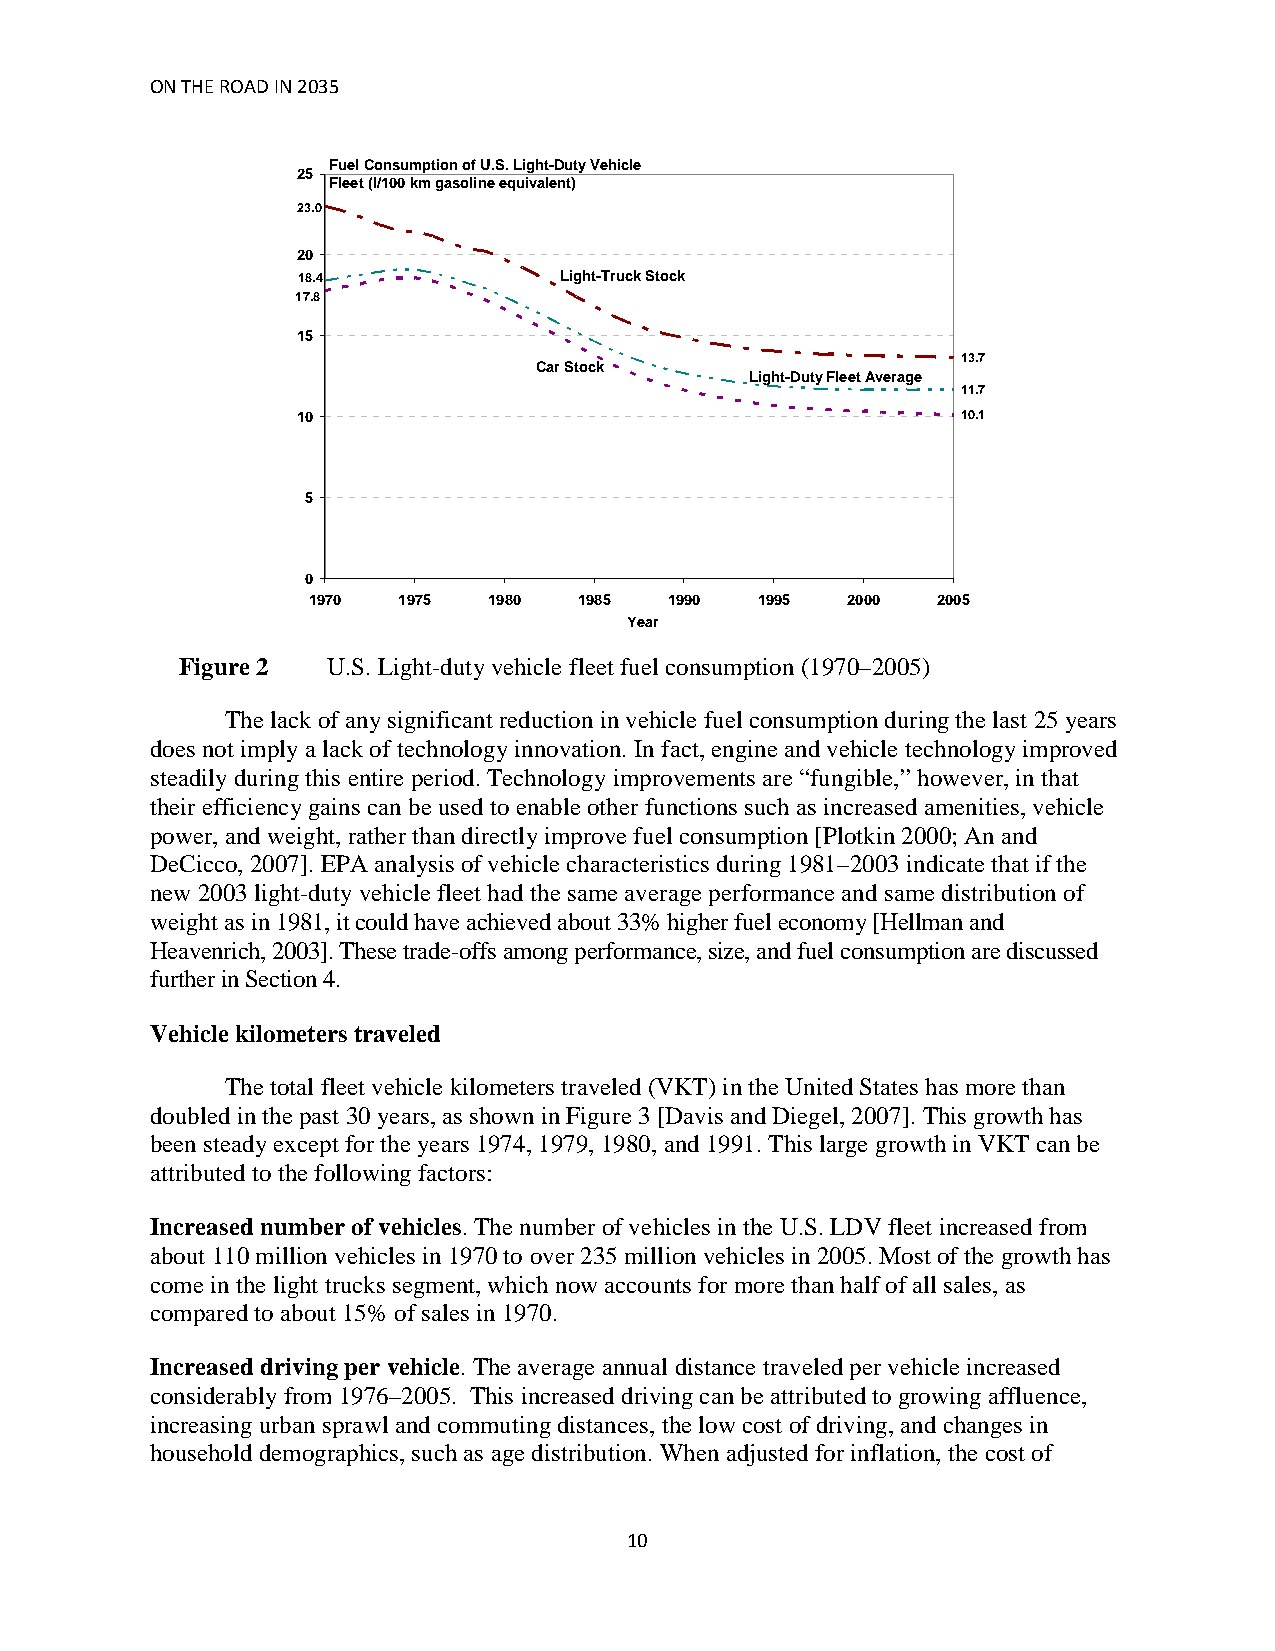
ON THE ROAD IN 2035
 Fuel Consumption of U.S. Light-Duty Vehicle
 25
 Fleet (l/100 km gasoline equivalent)
 23.0
 20
 18.4             Light-Truck Stock
 17.8
 15
 13.7
 Car Stock
 Light-Duty Fleet Average
 11.7
 10                                          10.1
 5
 0
 1970  1975  1980  1985  1990  1995  2000  2005
 Year
 Figure 2  U.S. Light-duty vehicle fleet fuel consumption (1970–2005)
 The lack of any significant reduction in vehicle fuel consumption during the last 25 years
 does not imply a lack of technology innovation. In fact, engine and vehicle technology improved
 steadily during this entire period. Technology improvements are “fungible,” however, in that
 their efficiency gains can be used to enable other functions such as increased amenities, vehicle
 power, and weight, rather than directly improve fuel consumption [Plotkin 2000; An and
 DeCicco, 2007]. EPA analysis of vehicle characteristics during 1981–2003 indicate that if the
 new 2003 light-duty vehicle fleet had the same average performance and same distribution of
 weight as in 1981, it could have achieved about 33% higher fuel economy [Hellman and
 Heavenrich, 2003]. These trade-offs among performance, size, and fuel consumption are discussed
 further in Section 4.
 Vehicle kilometers traveled
 The total fleet vehicle kilometers traveled (VKT) in the United States has more than
 doubled in the past 30 years, as shown in Figure 3 [Davis and Diegel, 2007]. This growth has
 been steady except for the years 1974, 1979, 1980, and 1991. This large growth in VKT can be
 attributed to the following factors:
 Increased number of vehicles. The number of vehicles in the U.S. LDV fleet increased from
 about 110 million vehicles in 1970 to over 235 million vehicles in 2005. Most of the growth has
 come in the light trucks segment, which now accounts for more than half of all sales, as
 compared to about 15% of sales in 1970.
 Increased driving per vehicle. The average annual distance traveled per vehicle increased
 considerably from 1976–2005. This increased driving can be attributed to growing affluence,
 increasing urban sprawl and commuting distances, the low cost of driving, and changes in
 household demographics, such as age distribution. When adjusted for inflation, the cost of
 10